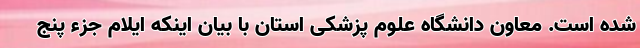
شده است. معاون دانشگاه علوم پزشکی استان با بیان اینکه ایلام جزء پنج